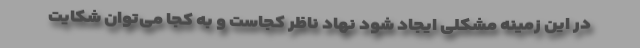
در این زمینه مشکلی ایجاد شود نهاد ناظر کجاست و به کجا می‌توان شکایت